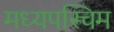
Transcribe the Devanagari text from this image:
मध्यपस्चिम